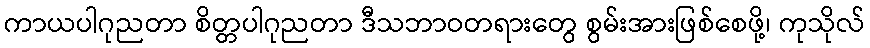
ကာယပါဂုညတာ စိတ္တပါဂုညတာ ဒီသဘာဝတရားတွေ စွမ်းအားဖြစ်စေဖို့၊ ကုသိုလ်